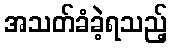
အသတ်ခံခဲ့ရသည့်